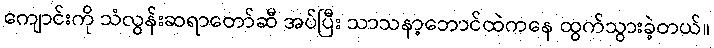
ကျောင်းကို သံလွန်းဆရာတော်ဆီ အပ်ပြီး သာသနာ့ဘောင်ထဲကနေ ထွက်သွားခဲ့တယ်။